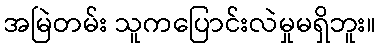
အမြဲတမ်း သူကပြောင်းလဲမှုမရှိဘူး။